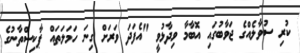
ކުރި ސުވާލެއްގެ ޖަވާބުގައި އޮބާމާ ވިދާޅުވީ "އެފަދަ ވަރަށް ގިނަ ހަމަލަތައް ޕާކިސްތާނުގެ